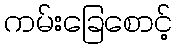
ကမ်းခြေစောင့်